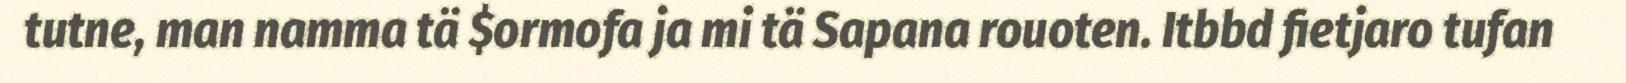
tutne, man namma tä $ormofa ja mi tä Sapana rouoten. Itbbd fietjaro tufan